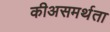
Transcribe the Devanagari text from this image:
कीअसमर्थता